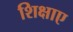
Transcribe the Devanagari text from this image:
शिक्षाए